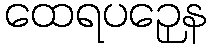
ထေရပဉှေန